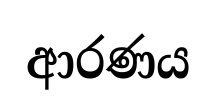
ආරණය